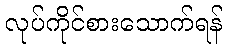
လုပ်ကိုင်စားသောက်ရန်